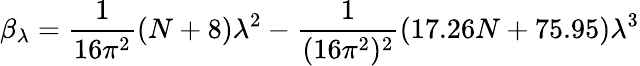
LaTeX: \beta_{\lambda}=\frac{1}{16\pi^{2}}(N+8)\lambda^{2}-\frac{1}{(16\pi^{2})^{2}}\left(17.26N+75.95\right)\lambda^{3}